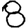
Digit: 8